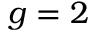
g = 2